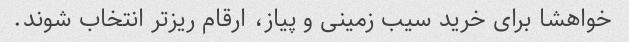
خواهشا برای خرید سیب زمینی و پیاز، ارقام ریزتر انتخاب شوند.